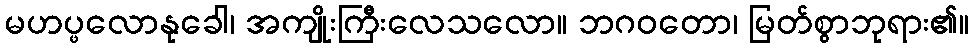
မဟပ္ဖလောနုခေါ၊ အကျိုးကြီးလေသလော။ ဘဂဝတော၊ မြတ်စွာဘုရား၏။